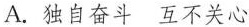
A.独自奋斗 互不关心